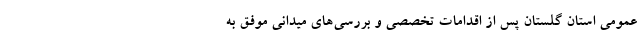
عمومی استان گلستان پس از اقدامات تخصصی و بررسی‌های میدانی موفق به